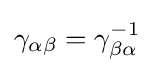
\gamma _{\alpha \beta }=\gamma _{\beta \alpha }^{-1}